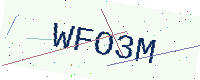
Text: WFO3M